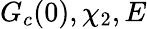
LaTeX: G_{c}(0),\chi_{2},E